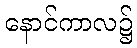
နောင်ကာလ၌